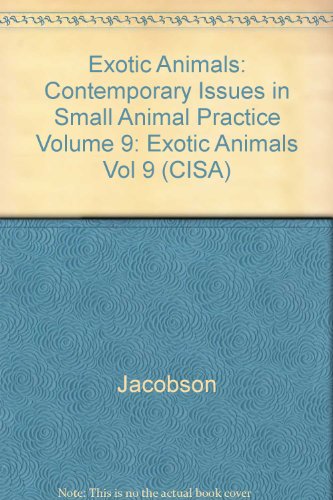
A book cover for Exotic Animals (Contemporary Issues in Small Animal Practice Volume 9) (Vol 9); Elliott R. Jacobson; Medical Books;